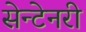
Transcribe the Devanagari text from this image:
सेन्टेनरी